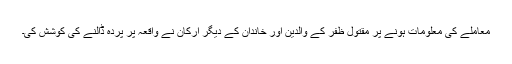
معاملے کی معلومات ہونے پر مقتول ظفر کے والدین اور خاندان کے دیگر ارکان نے واقعہ پر پردہ ڈالنے کی کوشش کی۔